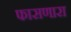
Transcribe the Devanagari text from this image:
फासणारा